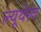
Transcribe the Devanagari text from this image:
ल्यूथेरन